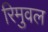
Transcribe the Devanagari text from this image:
रिमुवल